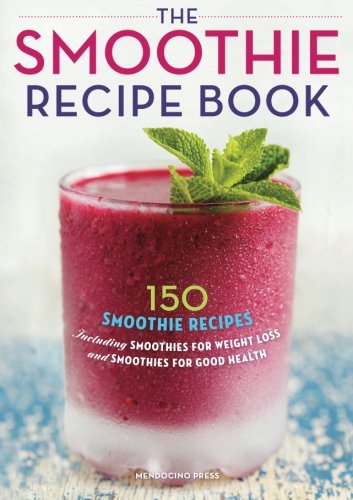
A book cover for Smoothie Recipe Book: 150 Smoothie Recipes Including Smoothies for Weight Loss and Smoothies for Optimum Health; Cookbooks, Food & Wine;